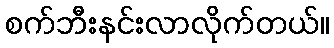
စက်ဘီးနင်းလာလိုက်တယ်။